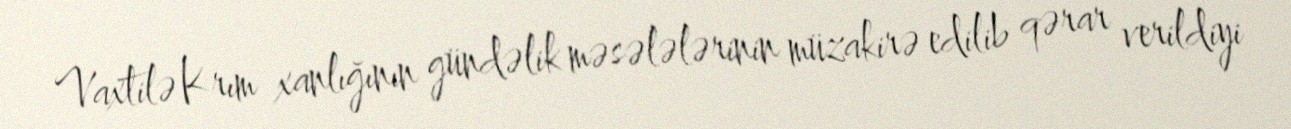
Vaxtilə Krım xanlığının gündəlik məsələlərinin müzakirə edilib qərar verildiyi